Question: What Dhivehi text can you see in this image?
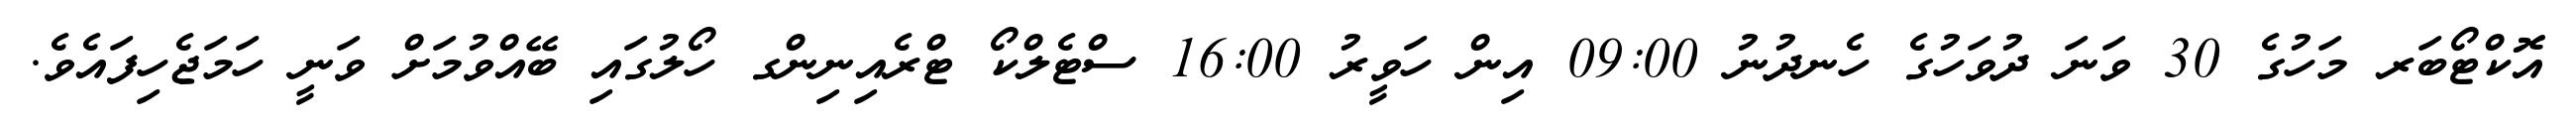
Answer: އޮކްޓޯބަރ މަހުގެ 30 ވަނަ ދުވަހުގެ ހެނދުނު 09:00 އިން ހަވީރު 16:00 ސްޓެލްކޯ ޓްރެއިނިންގ ހޯލުގައި ބޭއްވުމަށް ވަނީ ހަމަޖެހިފައެވެ.